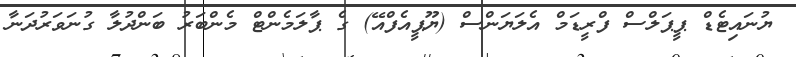
ޔުނައިޓެޑް ޕީޕަލްސް ފްރީޑަމް އެލަޔަންސް (ޔޫޕީއެފްއޭ) ގެ ޕާލަމެންޓް މެންބަރު ބަންދުލާ ގުނަވަރުދަނާ